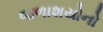
જળાશયોનો